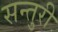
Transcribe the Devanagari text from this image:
सन्तुरी